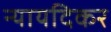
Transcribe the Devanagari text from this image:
न्यायदिकर